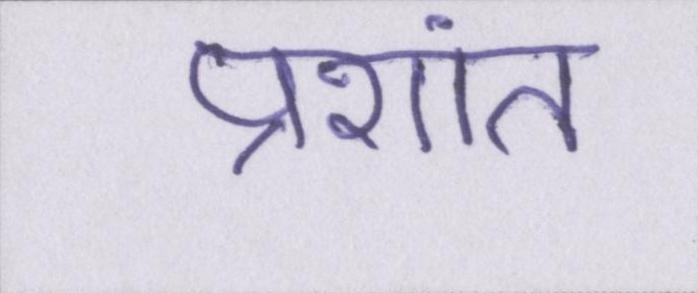
प्रशांत